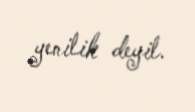
yenilik deyil.